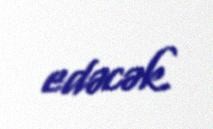
edəcək.